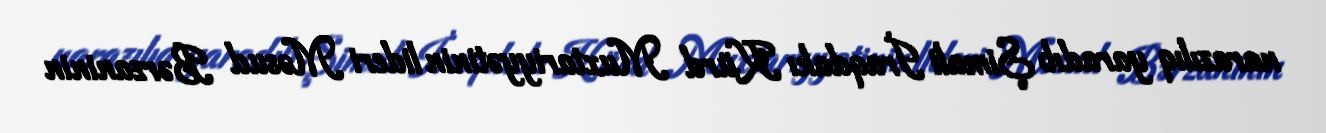
narazılıq yaradıb Şimali İraqdakı Kürd Muxtariyyətinin lideri Məsud Bərzaninin